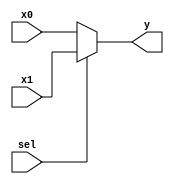
module mux2 #(parameter WIDTH=32) (
    input wire [WIDTH-1:0] x0, x1,
    input wire sel,

    output wire [WIDTH-1:0] y
);
    assign y = sel ? x1 : x0;
endmodule